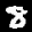
Label: 8